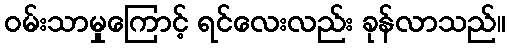
ဝမ်းသာမှုကြောင့် ရင်လေးလည်း ခုန်လာသည်။